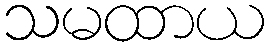
သမထာယ